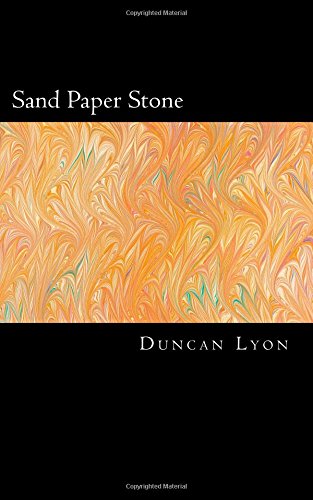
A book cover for Sand Paper Stone; Mr Duncan Lyon; Travel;